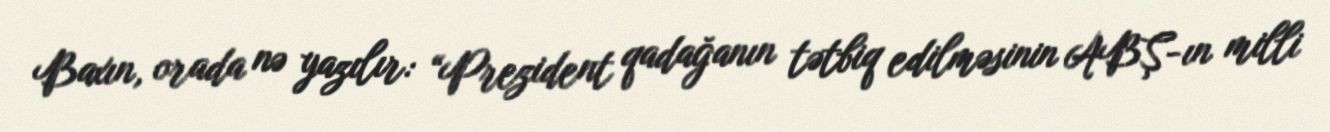
Baxın, orada nə yazılır: “Prezident qadağanın tətbiq edilməsinin ABŞ-ın milli